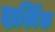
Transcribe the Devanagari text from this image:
दार्श्निक